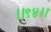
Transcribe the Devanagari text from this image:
।।९४।।